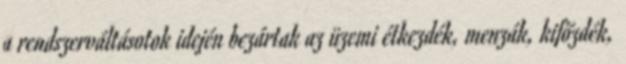
a rendszerváltásotok idején bezártak az üzemi étkezdék, menzák, kifőzdék,